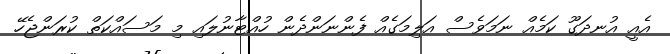
އެއީ އުނދަގޫ ކަމެއް ނަމަވެސް އަލިމަގެއް ފެންނަންދެން ހުއްޓާނުލައި މި މަސައްކަތް ކުރަންޖެހޭ